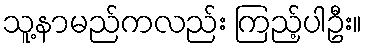
သူ့နာမည်ကလည်း ကြည့်ပါဦး။